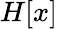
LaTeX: H[x]